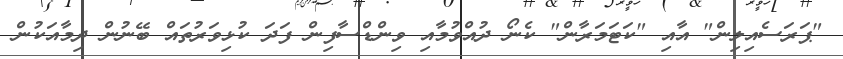
"ޕަރަސެއިލިން" އާއި "ކަޓަމަރާން" ކެނޯ ދުއްވުމާއި ވިންޑްސާފިން ފަދަ ކުޅިވަރުތައް ބޭނުން ދިމާއަކުން